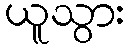
ယူသွား